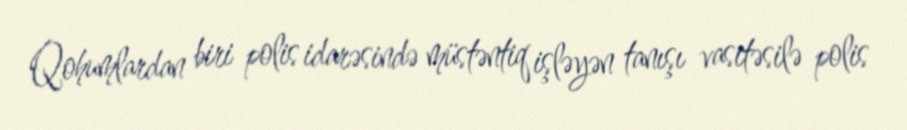
Qohumlardan biri polis idarəsində müstəntiq işləyən tanışı vasitəsilə polis